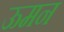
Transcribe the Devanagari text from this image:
ऊमन